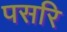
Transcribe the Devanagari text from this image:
पसरि